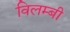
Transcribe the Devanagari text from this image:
विलम्बी